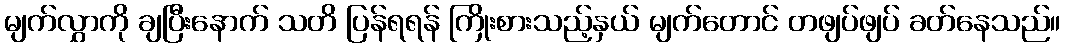
မျက်လွှာကို ချပြီးနောက် သတိ ပြန်ရရန် ကြိုးစားသည့်နှယ် မျက်တောင် တဖျပ်ဖျပ် ခတ်နေသည်။